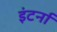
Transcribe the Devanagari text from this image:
इंटर्ना